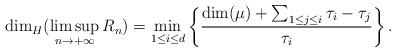
LaTeX: \begin{align*} \dim_H (\limsup_{n\rightarrow+\infty}R_n)= \min_{1\leq i\leq d }\left\{\frac{\dim (\mu)+\sum_{1\leq j\leq i}\tau_i-\tau_j}{\tau_i}\right\}. \end{align*}